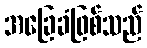
အခြေခံဖြစ်သည်